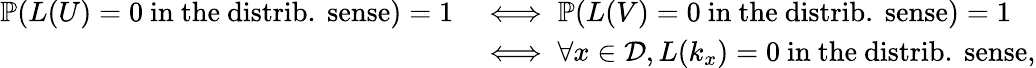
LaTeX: \begin{array}{rl}{\mathbb{P}(L(U)=0\mathrm{~in~the~distrib.~sense})=1}&{\iff\mathbb{P}(L(V)=0\mathrm{~in~the~distrib.~sense})=1}\\ &{\iff\forall x\in\mathcal{D},L(k_{x})=0\mathrm{~in~the~distrib.~sense},}\end{array}